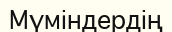
Мүміндердің